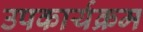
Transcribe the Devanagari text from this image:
उपकार्यक्रम